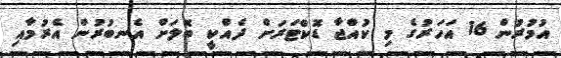
އުމުރުން 16 އަހަރުގެ މި ކުއްޖާ ޑޮކްޓަރަށް ދެއްކީ ބޮލަށް އެނބުރުން އެރުމާއި